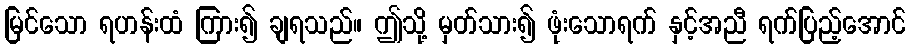
မြင်သော ရဟန်းထံ ကြား၍ ချရသည်။ ဤသို့ မှတ်သား၍ ဖုံးသောရက် နှင့်အညီ ရက်ပြည့်အောင်